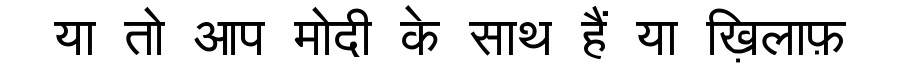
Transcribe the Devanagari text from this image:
या तो आप मोदी के साथ हैं या ख़िलाफ़